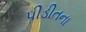
પીડીતના